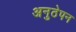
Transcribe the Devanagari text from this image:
अनुठेपन